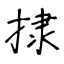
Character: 捸